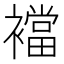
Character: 襠